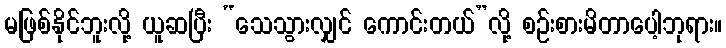
မဖြစ်နိုင်ဘူးလို့ ယူဆပြီး “သေသွားလျှင် ကောင်းတယ်”လို့ စဉ်းစားမိတာပေါ့ဘုရား။